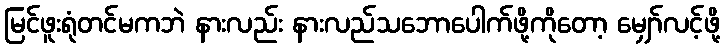
မြင်ဖူးရုံတင်မကဘဲ နားလည်း နားလည်သဘောပေါက်ဖို့ကိုတော့ မျှော်လင့်ဖို့